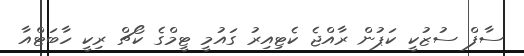
ސާފް ސުޒުކީ ކަޕުން ރާއްޖެ ކެޓިއިރު ގައުމީ ޓީމްގެ ކޯޗް ރިކީ ހާބަޓްއާ